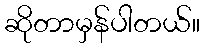
ဆိုတာမှန်ပါတယ်။